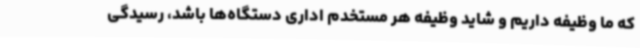
که ما وظیفه داریم و شاید وظیفه هر مستخدم اداری دستگاه‌ها باشد، رسیدگی